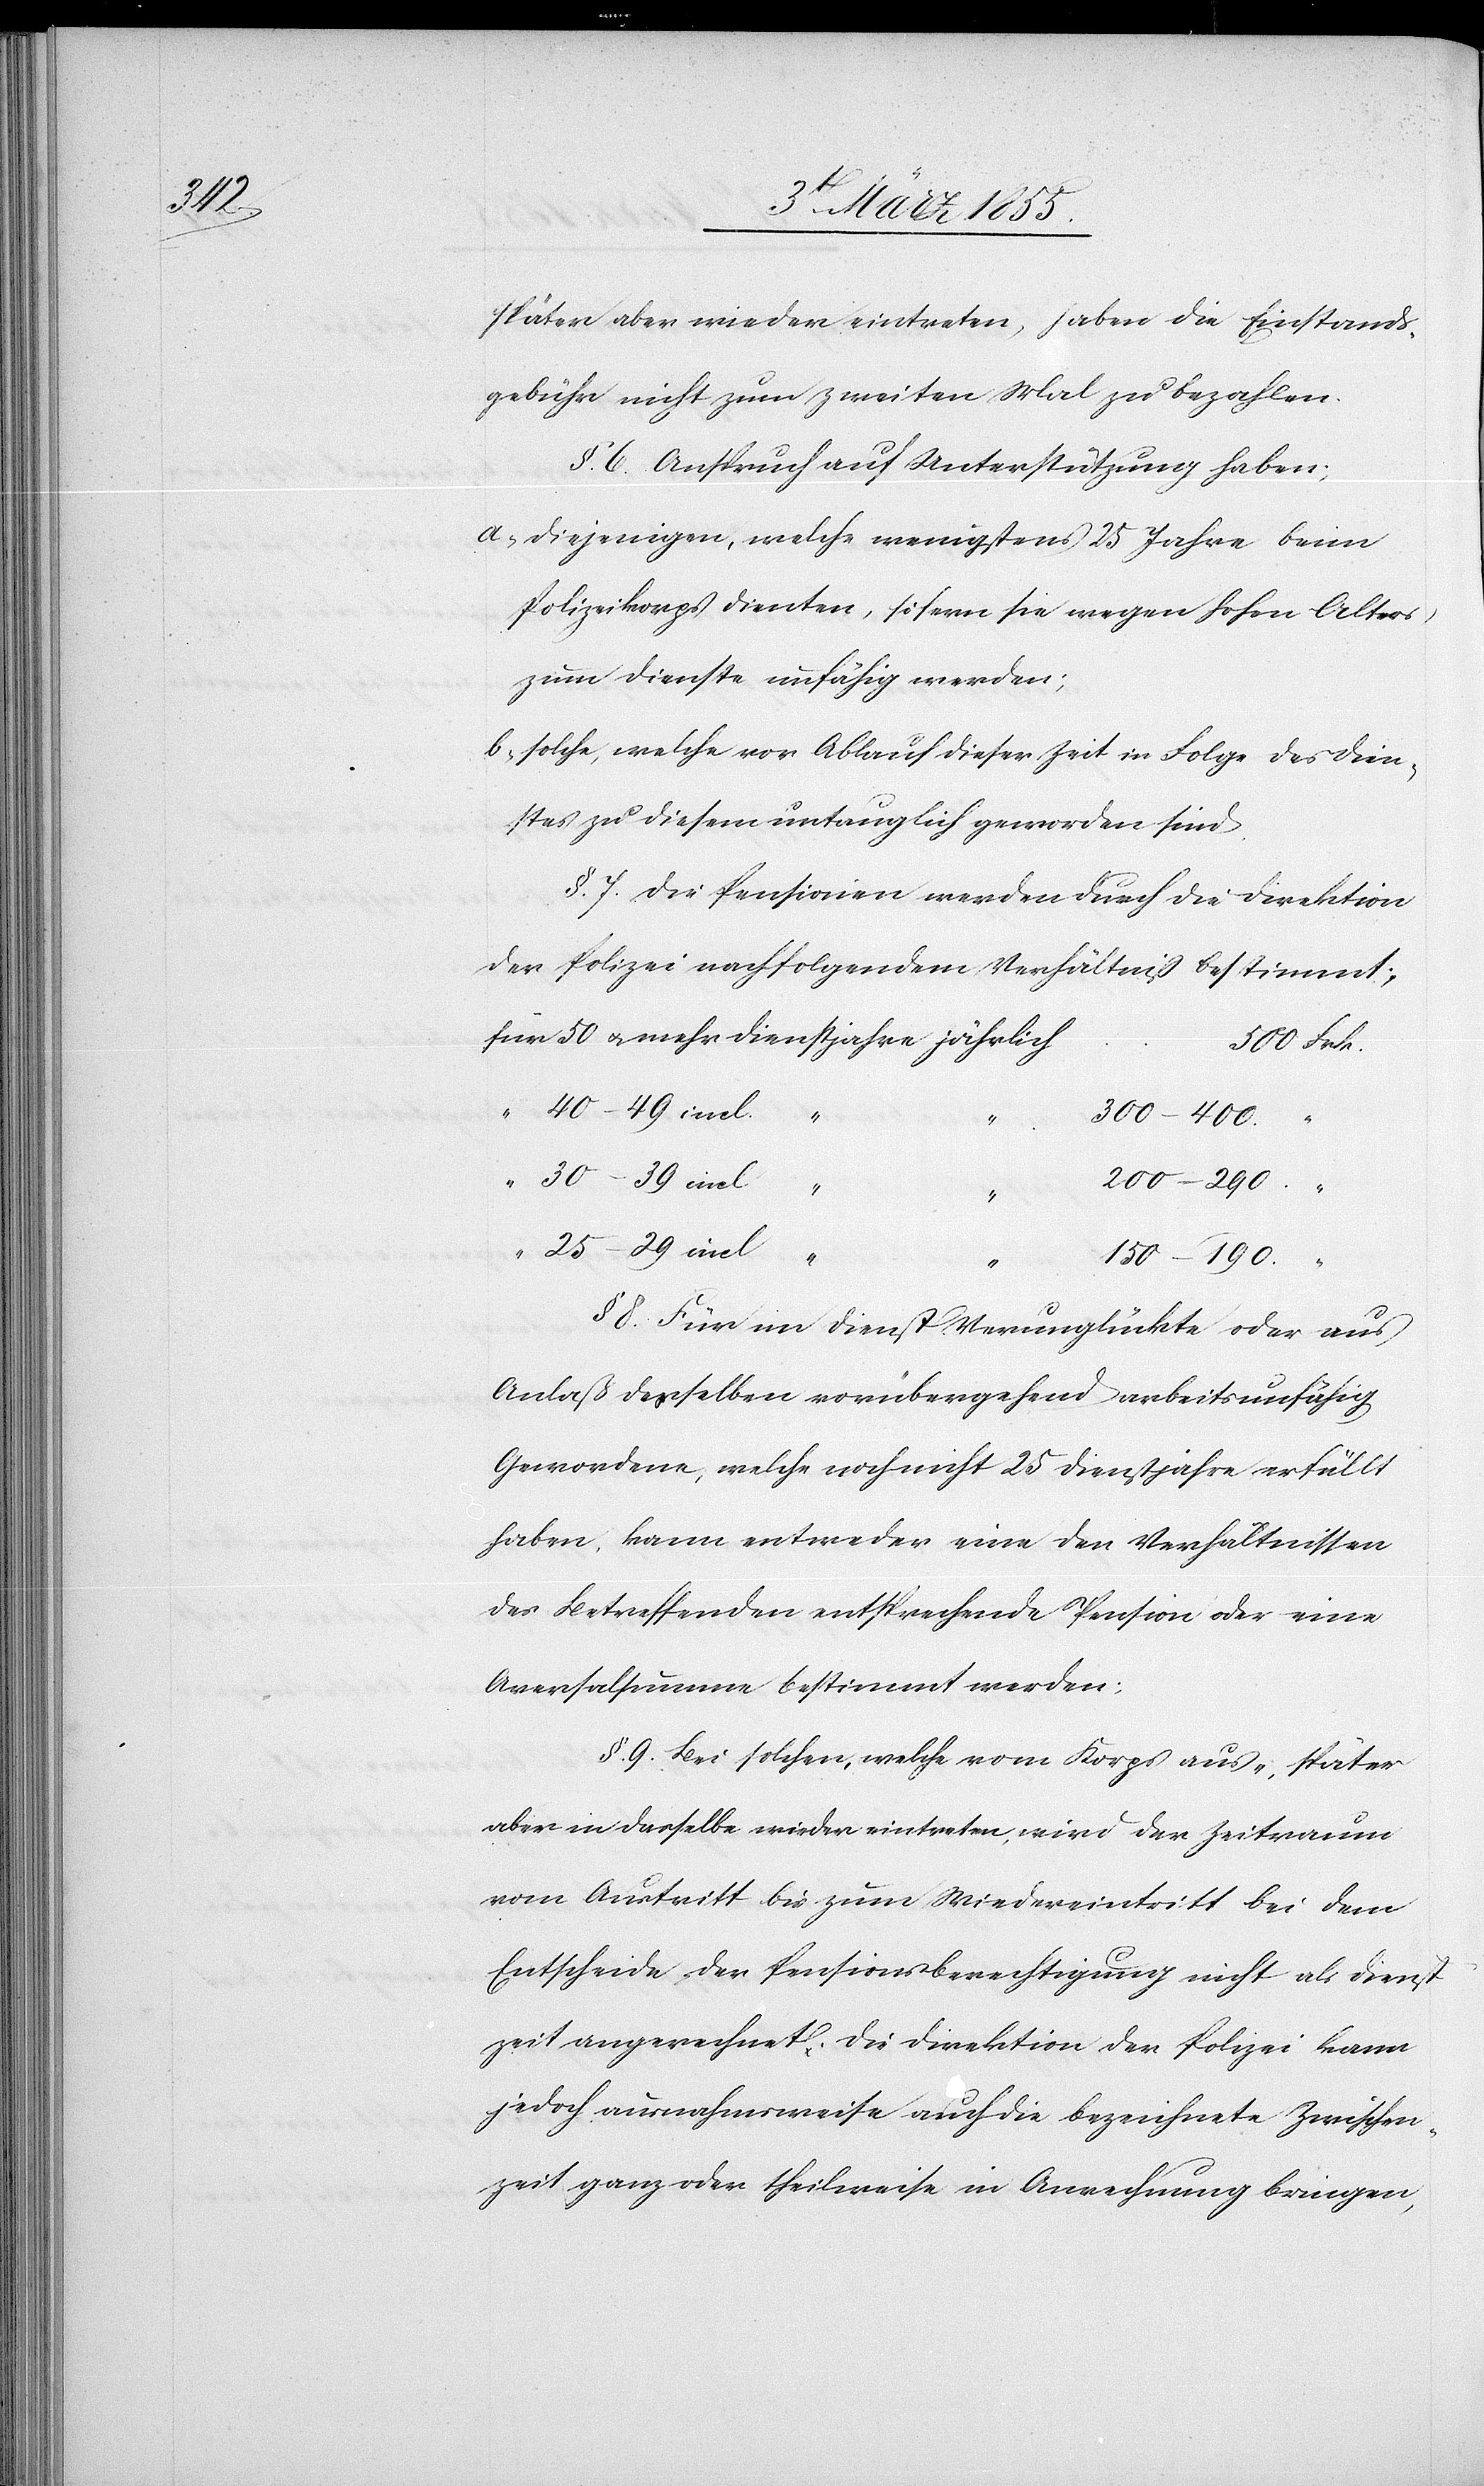
später aber wieder eintreten, haben die Einstands¬
gebühr nicht zum zweiten Mal zu bezahlen.
§. 6. Anspruch auf Unterstützung haben;
diejenigen, welche wenigstens 25 Jahre beim
Polizeikorps dienten, sofern sie wegen hohen Alters
zum Dienste unfähig werden;
solche, welche vor Ablauf dieser Zeit in Folge des Dien¬
stes zu diesem untauglich geworden sind.
§. 7. Die Pensionen werden durch die Direktion
der Polizei nach folgendem Verhältniß bestimmt:
für 50 & mehr Dienstjahre jährlich
500 Frk.
“
40–49 incl.
“ “
300–400.
30–39 incl “
200–290. “
“
25–29 incl “
150–190.
“
§ 8. Für im Dienst Verunglückte oder aus
Anlaß desselben vorübergehend arbeitsunfähig
Gewordene, welche noch nicht 25 Dienstjahre erfüllt
haben, kann entweder eine den Verhältnissen
des Betreffenden entsprechende Pension oder eine
Aversalsumme bestimmt werden;
§. 9. Bei solchen, welche vom Korps aus-, später
aber in dasselbe wieder eintreten, wird der Zeitraum
vom Austritt bis zum Wiedereintritt bei dem
Entscheide der Pensionsberechtigung nicht als Dienst¬
zeit angerechnet. Die Direktion der Polizei kann
jedoch ausnahmsweise auch die bezeichnete Zwischen¬
zeit ganz oder theilweise in Anrechnung bringen,